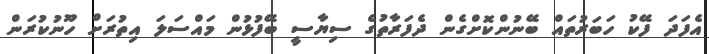
އެފަދަ ފޭކު ހަބަރުތައް ބޭނުންކޮށްގެން ދެފަރާތުގެ ސިޔާސީ ބޭފުޅުން މައްސަލަ އިތުރަށް ހޫނުކުރަން